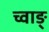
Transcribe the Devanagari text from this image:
च्वाङ्